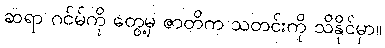
ဆရာ ဂင်မ်ကို တွေ့မှ ဇာတိက သတင်းကို သိနိုင်မှာ။